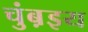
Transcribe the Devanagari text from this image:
चुंब़इय